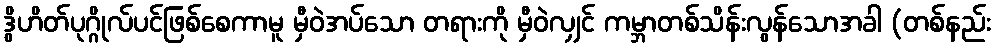
ဒွိဟိတ်ပုဂ္ဂိုလ်ပင်ဖြစ်စေကာမူ မှီဝဲအပ်သော တရားကို မှီဝဲလျှင် ကမ္ဘာတစ်သိန်းလွန်သောအခါ (တစ်နည်း